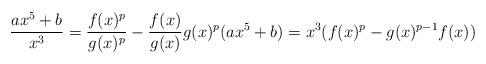
LaTeX: \begin{align*} \frac{a x^5 + b}{x^3} = \frac{f(x)^p}{g(x)^p} - \frac{f(x)}{g(x)} g(x)^p (a x^5 + b) = x^3 (f(x)^p - g(x)^{p-1} f(x))\end{align*}